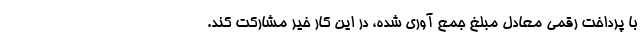
با پرداخت رقمی معادل مبلغ جمع آوری شده، در این کار خیر مشارکت کند.